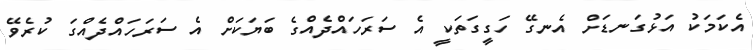
އެކަމަކު އަޅުގަނޑަށް އެނގޭ ހަގީގަތަކީ އެ ސަރަހައްދެއްގެ ބަޔަކަށް އެ ސަރަހައްދެއްގަ ކުރެވޭ